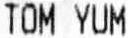
TOM YUM